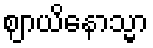
ဈာယိနောသ္မာ